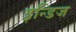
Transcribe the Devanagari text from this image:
इन्डिज